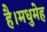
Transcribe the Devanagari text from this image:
है।मधुमेह